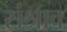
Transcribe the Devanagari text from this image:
संश्राव